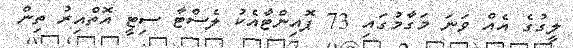
ލީގުގެ އެއް ވަނަ މަގާމުގައި 73 ޕޮއިންޓާއެކު ލެސްޓާ ސިޓީ އޮތްއިރު ތިން